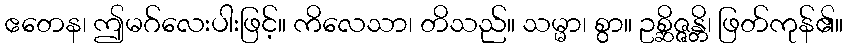
ဧတေန၊ ဤမဂ်လေးပါးဖြင့်။ ကိလေသာ၊ တိသည်။ သမ္မာ၊ စွာ။ ဥစ္ဆိဇ္ဇန္တိ၊ ဖြတ်ကုန်၏။